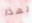
لهذا